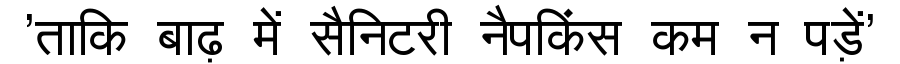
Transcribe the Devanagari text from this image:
'ताकि बाढ़ में सैनिटरी नैपकिंस कम न पड़ें'